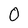
Character: O